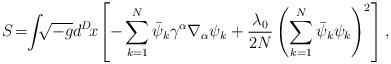
LaTeX: \begin{align*}S\! =\!\! \int\!\!\! \sqrt{-g} d^{D}\! x\! \left[ -\sum^{N}_{k=1}\bar{\psi}_{k}\gamma^{\alpha}\nabla_{\alpha}\psi_{k} +\frac{\lambda_0}{2N} \left(\sum^{N}_{k=1}\bar{\psi}_{k}\psi_{k}\right)^{2} \right] ,\end{align*}